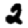
Digit: 2